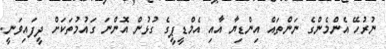
ނުރުހޭ އެންމެންގެ ނަންތައް އިންޑިޔާ އާއި އެމްޑީޕީގެ ގުޅުން އޮންނަ ގައުމުތަކަށް ދީފައިވަނީ.